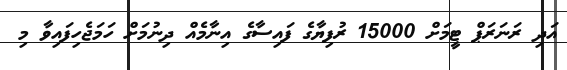
އަދި ރަނަރަޕް ޓީމަށް 15000 ރުފިޔާގެ ފައިސާގެ އިނާމެއް ދިނުމަށް ހަމަޖެހިފައިވާ މި